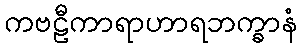
ကဗဠီကာရာဟာရဘက္ခာနံ